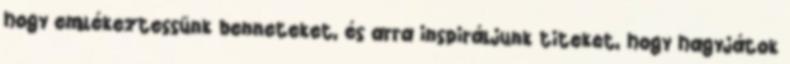
hogy emlékeztessünk benneteket, és arra inspiráljunk titeket, hogy hagyjátok